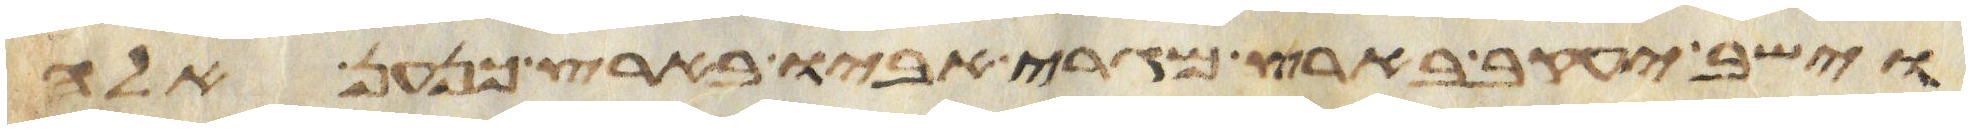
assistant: וישב יעקב בארץ מגרי אביו בארץ כנען אלה